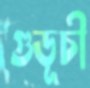
গুডূচী